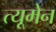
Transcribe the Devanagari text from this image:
त्यूमेन